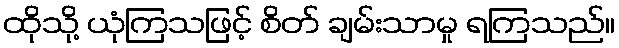
ထိုသို့ ယုံကြသဖြင့် စိတ် ချမ်းသာမှု ရကြသည်။